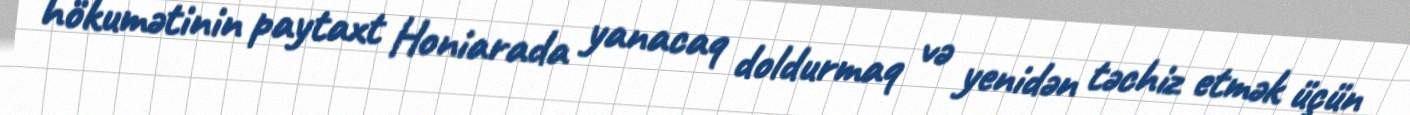
hökumətinin paytaxt Honiarada yanacaq doldurmaq və yenidən təchiz etmək üçün